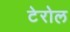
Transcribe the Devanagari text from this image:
टेरोल